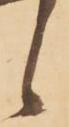
候